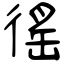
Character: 徭